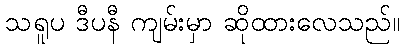
သရူပ ဒီပနီ ကျမ်းမှာ ဆိုထားလေသည်။